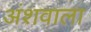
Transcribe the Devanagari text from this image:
अंशवाला